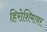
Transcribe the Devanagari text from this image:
हिरोशिमावर